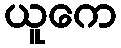
ယူကေ